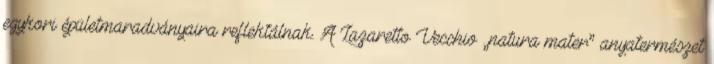
egykori épületmaradványaira reflektálnak. A Lazaretto Vecchio „natura mater” anyatermészet